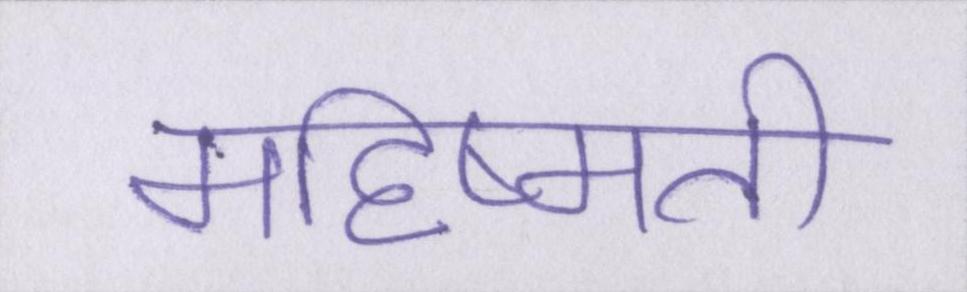
महिष्मती